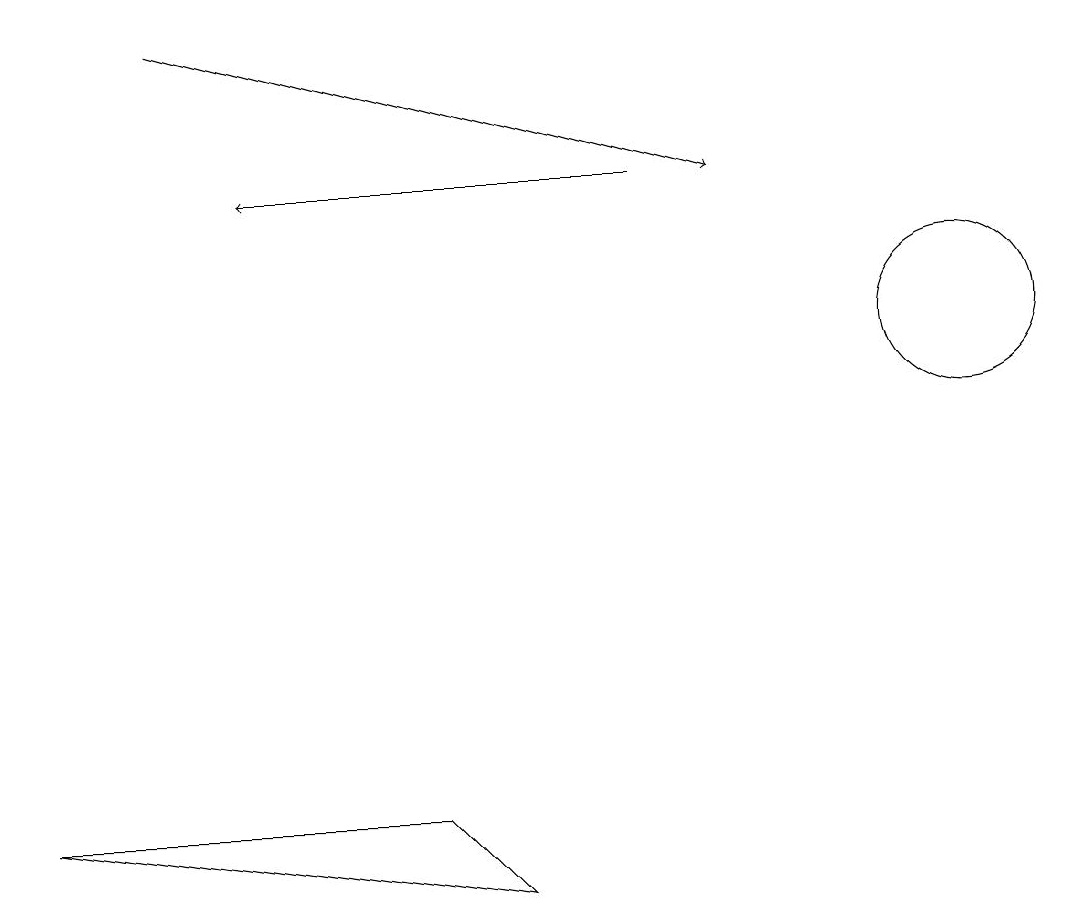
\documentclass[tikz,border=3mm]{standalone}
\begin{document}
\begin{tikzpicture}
\draw (5,5) -- (6,4) -- (0,5) -- cycle;
\draw (12,11) circle (1);
\draw[->] (2,15) -- (9,13);
\draw[->] (8,13) -- (3,13);
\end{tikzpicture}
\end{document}